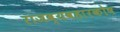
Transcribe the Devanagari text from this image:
राजव्यवहारकोष